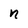
Character: n